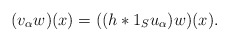
\begin{align*}(v_\alpha w)(x) = ((h*1_S u_\alpha) w)(x).\end{align*}